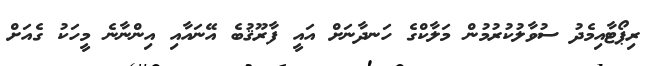
ރިޕޯޓާއިމެދު ސުވާލުކުރުމުން މަލާކްގެ ހަނދާނަށް އައީ ފާރޫޤުބެ އޭނައާއި އިންނާނެ މީހަކު ގެއަށް